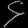
Digit: ၄